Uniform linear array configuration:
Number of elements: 12
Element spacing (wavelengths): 1
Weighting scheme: kaiser
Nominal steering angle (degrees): -15
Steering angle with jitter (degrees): -13.371
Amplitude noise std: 0.05
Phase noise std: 0.05

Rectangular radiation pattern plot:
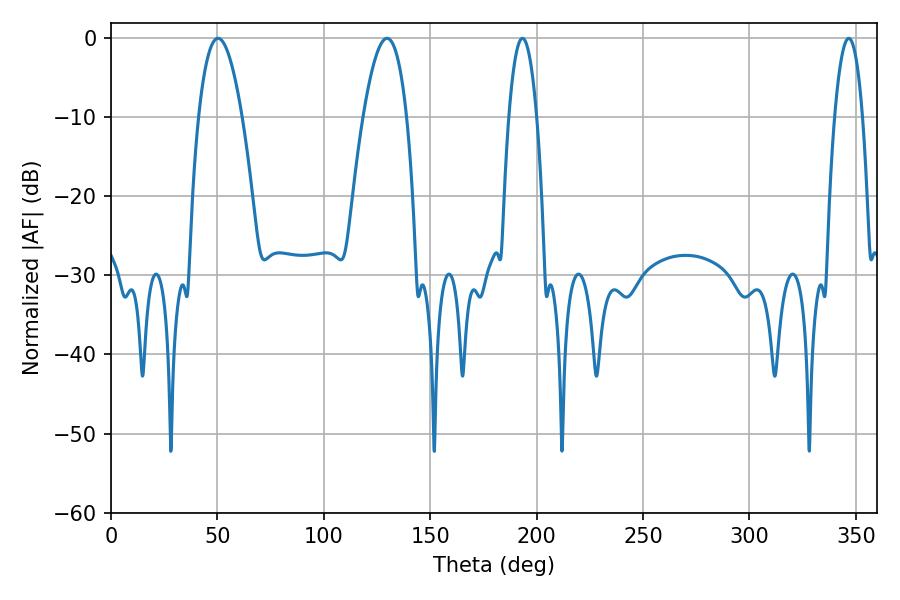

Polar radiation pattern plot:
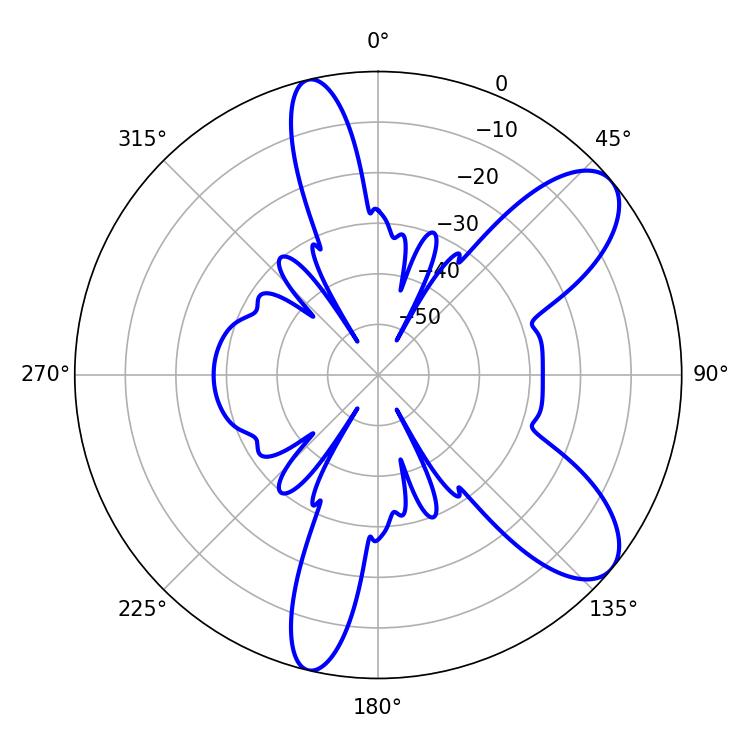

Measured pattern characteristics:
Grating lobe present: TRUE
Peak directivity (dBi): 8.811
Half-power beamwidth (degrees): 7.2
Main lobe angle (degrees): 193.32